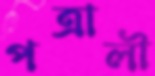
পত্রালী